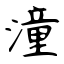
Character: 潼